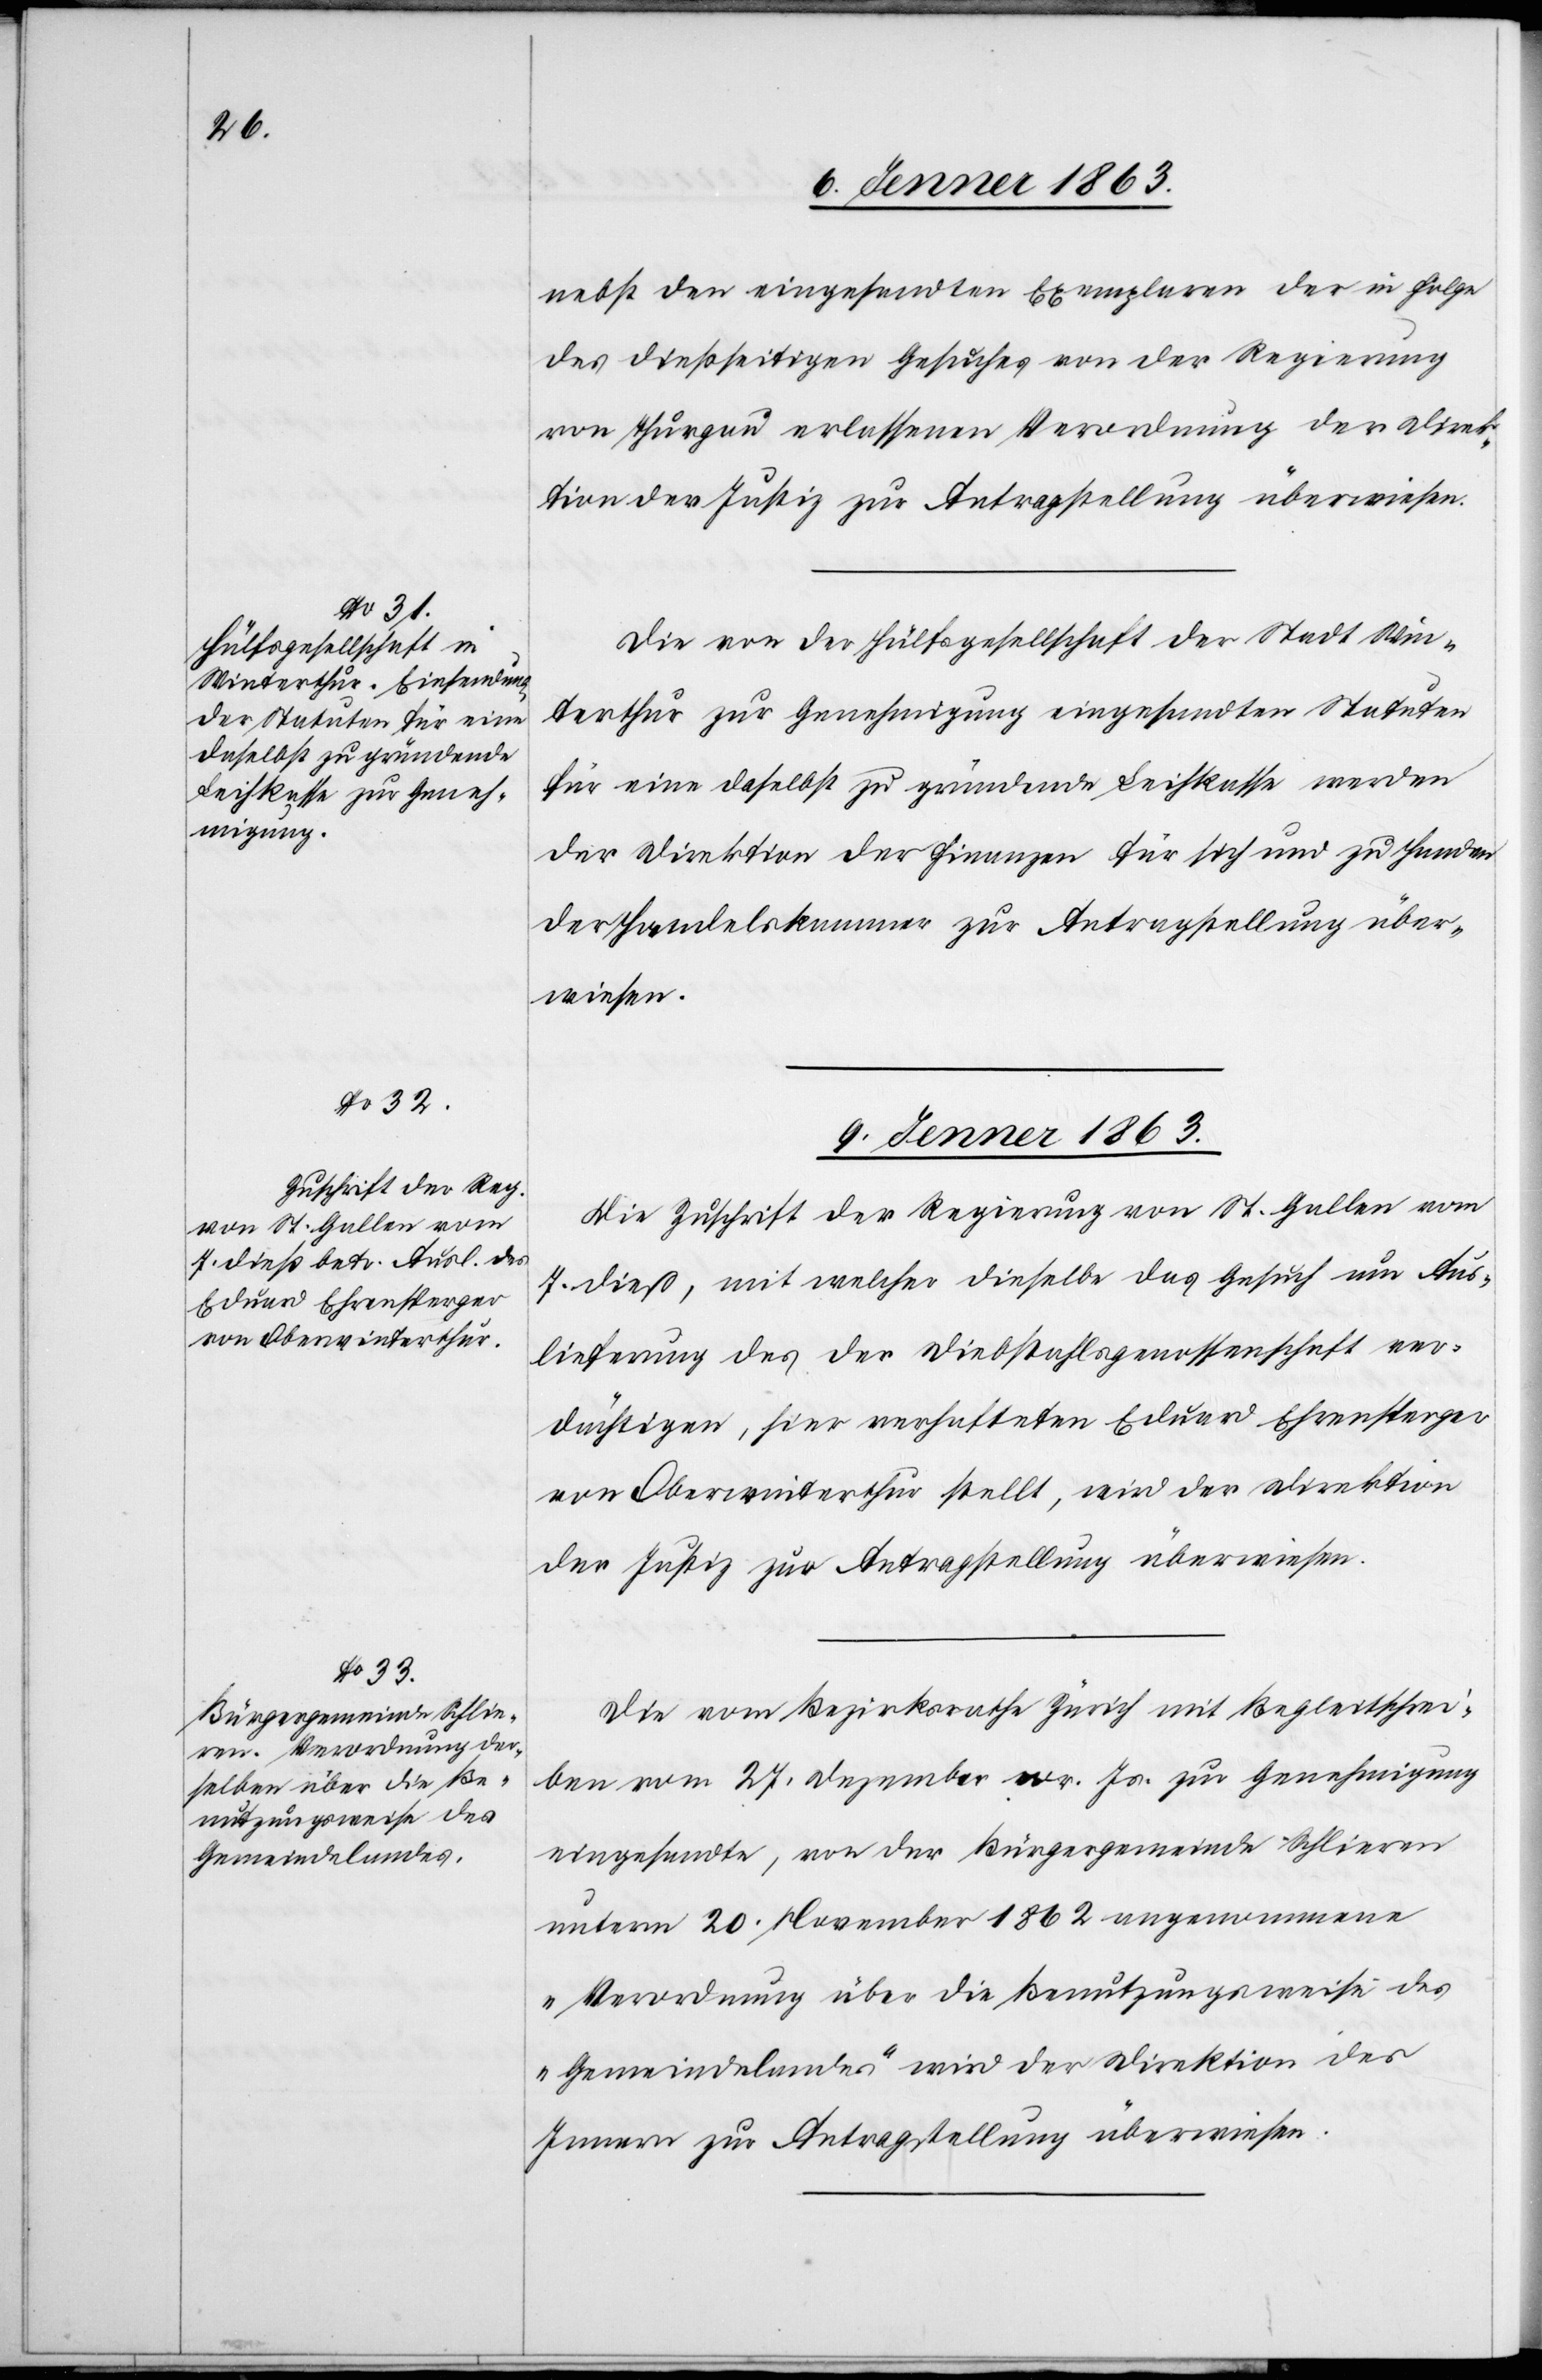
7. Jenner 1863.]
nebst den eingesandten Exemplaren der in Folge
des dießseitigen Gesuches von der Regierung
von Thurgau erlassenen Verordnung der Direk¬
tion der Justiz zur Antragstellung überwiesen.
Die von der Hülfsgesellschaft der Stadt Win¬
terthur zur Genehmigung eingesandten Statuten
für eine daselbst zu gründende Leihkasse werden
der Direktion der Finanzen für sich und zu Handen
der Handelskammer zur Antragstellung über¬
wiesen.
9. Jenner 1863.]
Die Zuschrift der Regierung von St. Gallen vom
7. dieß, mit welcher dieselbe das Gesuch um Aus¬
lieferung des der Diebstahlsgenossenschaft ver¬
dächtigen, hier verhafteten Eduard Ehrensperger
von Oberwinterthur stellt, wird der Direktion
der Justiz zur Antragstellung überwiesen.
Die vom Bezirksrathe Zürich mit Begleitschrei¬
ben vom 27. Dezember v. Js. zur Genehmigung
eingesandte, von der Bürgergemeinde Schlieren
unterm 20. November 1862 angenommene
„Verordnung über die Benutzungsweise des
Gemeindelandes“ wird der Direktion des
Innern zur Antragstellung überwiesen.